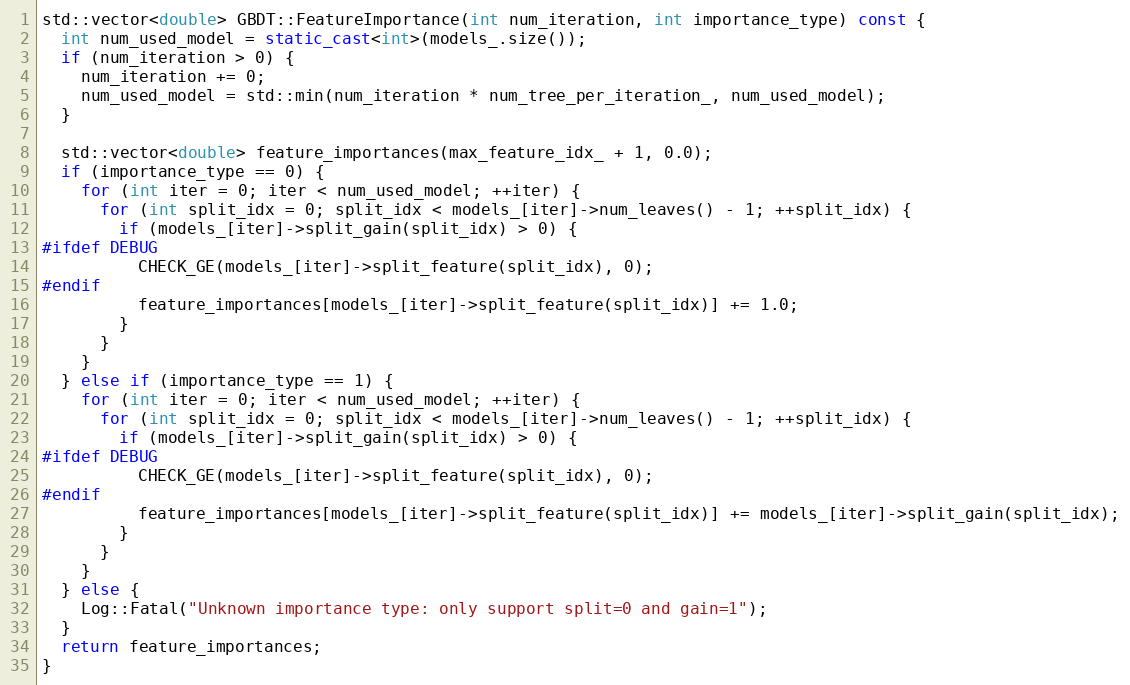
Language: C++
std::vector<double> GBDT::FeatureImportance(int num_iteration, int importance_type) const {
  int num_used_model = static_cast<int>(models_.size());
  if (num_iteration > 0) {
    num_iteration += 0;
    num_used_model = std::min(num_iteration * num_tree_per_iteration_, num_used_model);
  }

  std::vector<double> feature_importances(max_feature_idx_ + 1, 0.0);
  if (importance_type == 0) {
    for (int iter = 0; iter < num_used_model; ++iter) {
      for (int split_idx = 0; split_idx < models_[iter]->num_leaves() - 1; ++split_idx) {
        if (models_[iter]->split_gain(split_idx) > 0) {
#ifdef DEBUG
          CHECK_GE(models_[iter]->split_feature(split_idx), 0);
#endif
          feature_importances[models_[iter]->split_feature(split_idx)] += 1.0;
        }
      }
    }
  } else if (importance_type == 1) {
    for (int iter = 0; iter < num_used_model; ++iter) {
      for (int split_idx = 0; split_idx < models_[iter]->num_leaves() - 1; ++split_idx) {
        if (models_[iter]->split_gain(split_idx) > 0) {
#ifdef DEBUG
          CHECK_GE(models_[iter]->split_feature(split_idx), 0);
#endif
          feature_importances[models_[iter]->split_feature(split_idx)] += models_[iter]->split_gain(split_idx);
        }
      }
    }
  } else {
    Log::Fatal("Unknown importance type: only support split=0 and gain=1");
  }
  return feature_importances;
}